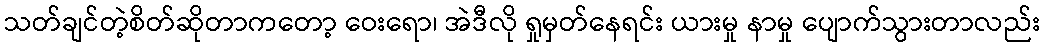
သတ်ချင်တဲ့စိတ်ဆိုတာကတော့ ဝေးရော၊ အဲဒီလို ရှုမှတ်နေရင်း ယားမှု နာမှု ပျောက်သွားတာလည်း